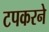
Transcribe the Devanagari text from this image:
टपकरने